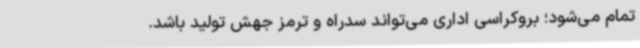
تمام می‌شود؛ بروکراسی اداری می‌تواند سدراه و ترمز جهش تولید باشد.